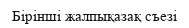
Бірінші жалпықазақ съезі